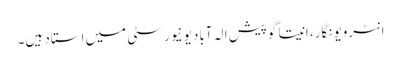
انٹرویو نگار، انیتا گوپیش الہ آباد یونیورسٹی میں استاد ہیں۔